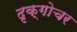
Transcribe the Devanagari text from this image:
दृक्गोचर